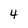
Character: 4